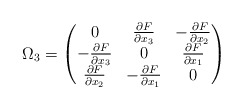
\begin{align*} \Omega_3=\begin{pmatrix} 0 & \frac{\partial F}{\partial x_3} & -\frac{\partial F}{\partial x_2} \\ -\frac{\partial F}{\partial x_3} & 0 & \frac{\partial F}{\partial x_1}\\ \frac{\partial F}{\partial x_2} & -\frac{\partial F}{\partial x_1} &0 \end{pmatrix} \end{align*}